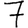
Digit: 7